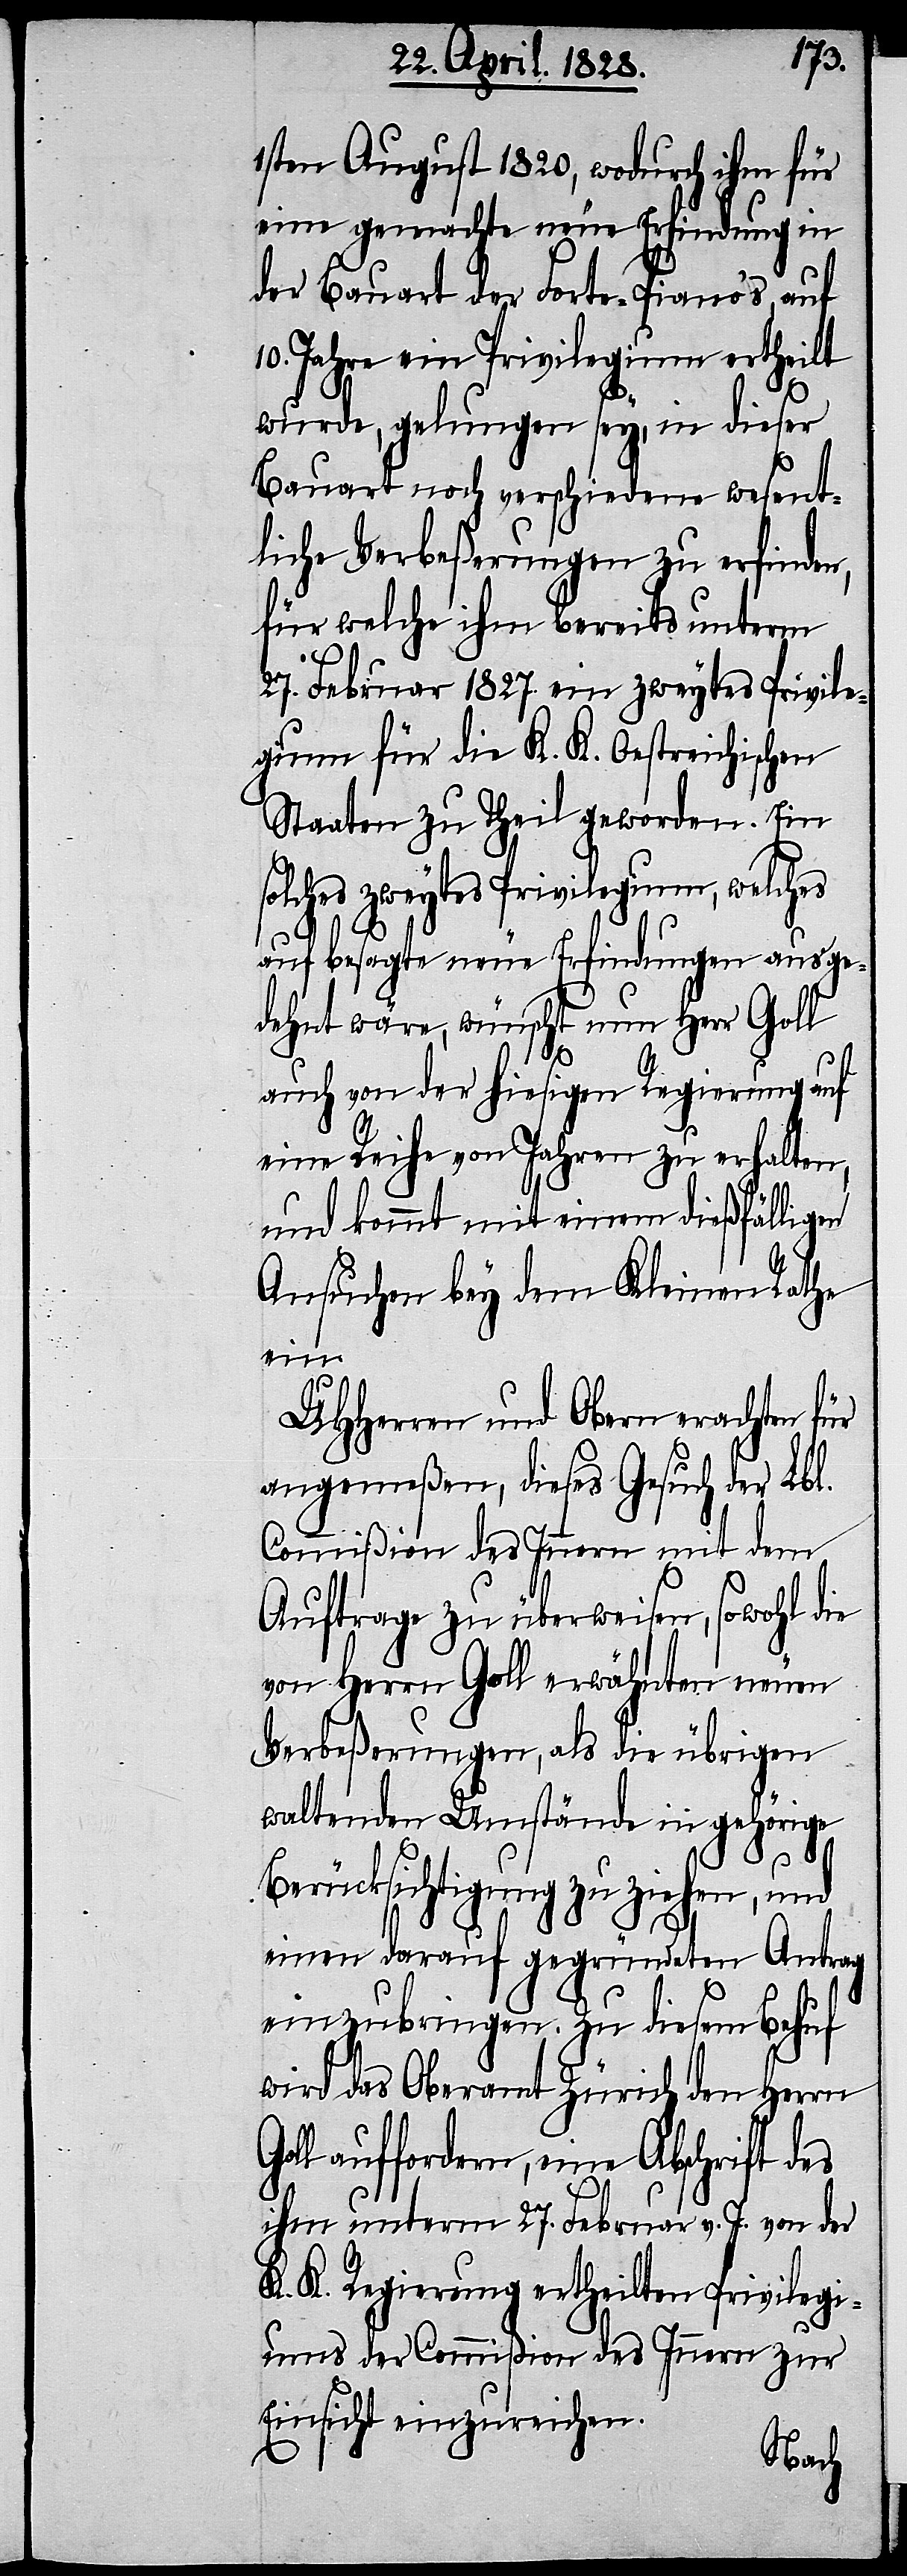
1sten August 1820, wodurch ihm für
eine gemachte neue Erfindung in
der Bauart der Forte-Piano’s, auf
Jahre ein Privilegium ertheilt
wurde, gelungen sey, in dieser
Bauart noch verschiedene wesent¬
liche Verbeßerungen zu erfinden,
für welche ihm bereits unterm
27. Februar 1827. ein zweytes Privile¬
gium für die K. K. Oestreichischen
Staaten zu Theil geworden. Ein
zweytes Privilegium, welches
auf besagte neue Erfindungen ausge¬
dehnt wäre, wünscht nun Herr Goll
auch von der hiesigen Regierung auf
eine Reihe von Jahren zu erhalten,
und kommt mit einem dießfälligen
Ansuchen bey dem Kleinen Rathe
ein.
UHHerren und Obern erachten für
angemeßen, dieses Gesuch der Lbl.
Commißion des Innern mit dem
Auftrage zu überweisen, sowohl die
von Herrn Goll erwähnten neuen
Verbeßerungen, als die übrigen
waltenden Umstände in gehörige
Berücksichtigung zu ziehen, und
einen darauf gegründeten Antrag
einzubringen. Zu diesem Behuf
wird das Oberamt Zürich den Herrn
auffordern, eine Abschrift des
ihm unterm 27. Februar v. J. von der
K. K. Regierung ertheilten Privilegi¬
ums der Commißion des Innern zur
Einsicht einzureichen.